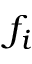
f _ { i }